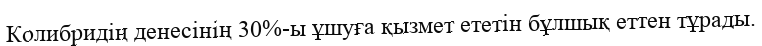
Колибридің денесінің 30%-ы ұшуға қызмет ететін бұлшық еттен тұрады.